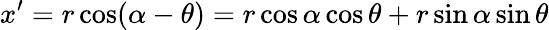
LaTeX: x^{\prime}=r\cos(\alpha-\theta)=r\cos\alpha\cos\theta+r\sin\alpha\sin\theta